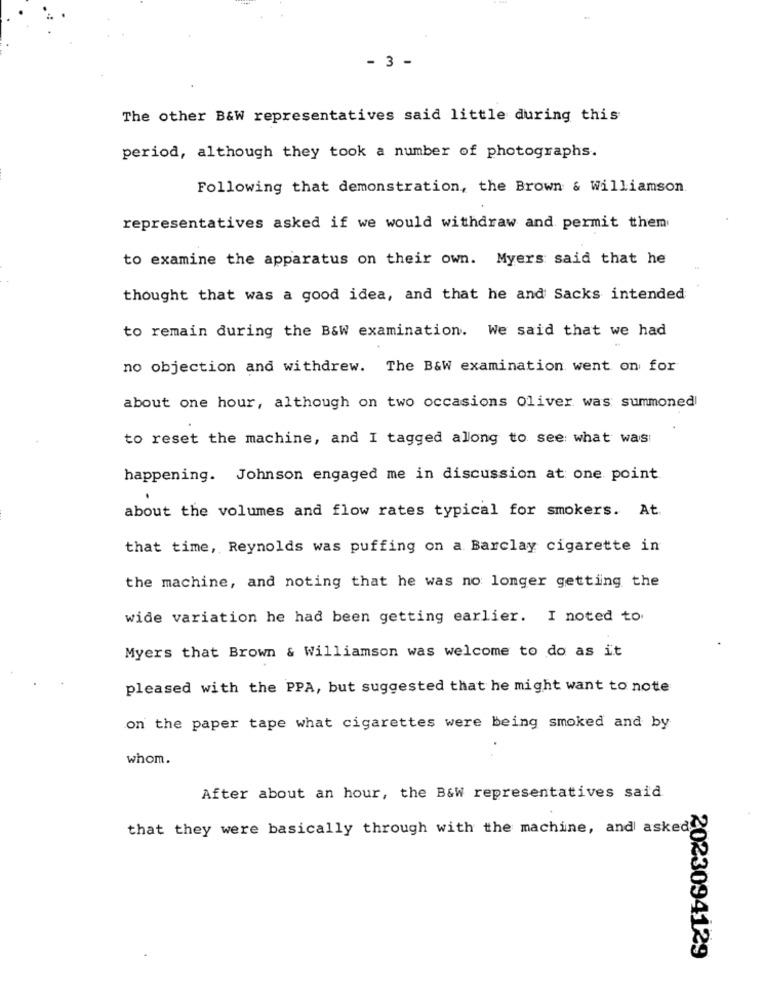
- 3 -
The other B&W representatives said little during this
period, although they took a number of photographs.
Following that demonstration, the Brown & Williamson.
representatives asked if we would withdraw and permit them
to examine the apparatus on their own. Myers said that he
thought that was a good idea, and that he and Sacks intended
to remain during the B&W examination. We said that we had
no objection and withdrew. The B&W examination went on for
about one hour, although on two occasions Oliver was summoned
to reset the machine, and I tagged allong to see what was:
happening. Johnson engaged me in discussion at one point
about the volumes and flow rates typical for smokers. At.
that time, Reynolds was puffing on a Barclay cigarette in
the machine, and noting that he was no longer getting the
wide variation he had been getting earlier. I noted to.
Myers that Brown & Williamson was welcome to do as it
pleased with the PPA, but suggested that he might want to note
on the paper tape what cigarettes were being smoked and by
whom.
After about an hour, the B&W representatives said
that they were basically through with the machine, and asked
2023094129